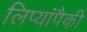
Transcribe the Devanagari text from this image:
लिप्यांपैकी